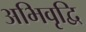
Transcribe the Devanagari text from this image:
अभिवृद्वि